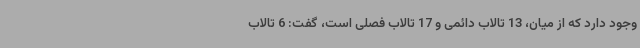
وجود دارد که از میان، 13 تالاب دائمی و 17 تالاب فصلی است، گفت: 6 تالاب